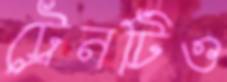
ট্রেনটিও